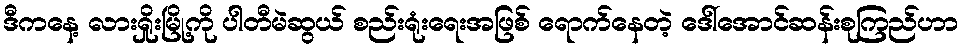
ဒီကနေ့ လားရှိုးမြို့ကို ပါတီမဲဆွယ် စည်းရုံးရေးအဖြစ် ရောက်နေတဲ့ ဒေါ်အောင်ဆန်းစုကြည်ဟာ